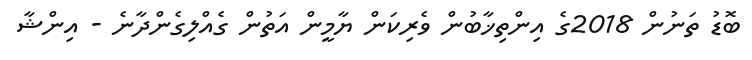
ބޮޑު ތަނުން 2018ގެ އިންތިޚާބުން ވެރިކަން ޔާމީން އަތުން ގެއްލިގެންދާނެ - އިންޝާ